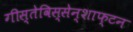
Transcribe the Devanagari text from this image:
गीस्तेविस्सेन्शाफ्टन